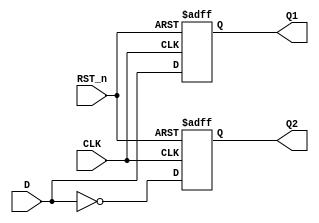
module Asynchronous_D_FF (input CLK,
                          input D,
                          input RST_n,
                          output reg Q1,
                          output reg Q2);
    
    always @(posedge CLK or negedge RST_n)    begin
        if (RST_n == 0) begin
            Q1 = 0;
            Q2 = 1;
        end
        else begin
            Q1 = D;
            Q2 = ~D;
        end
    end
    
endmodule